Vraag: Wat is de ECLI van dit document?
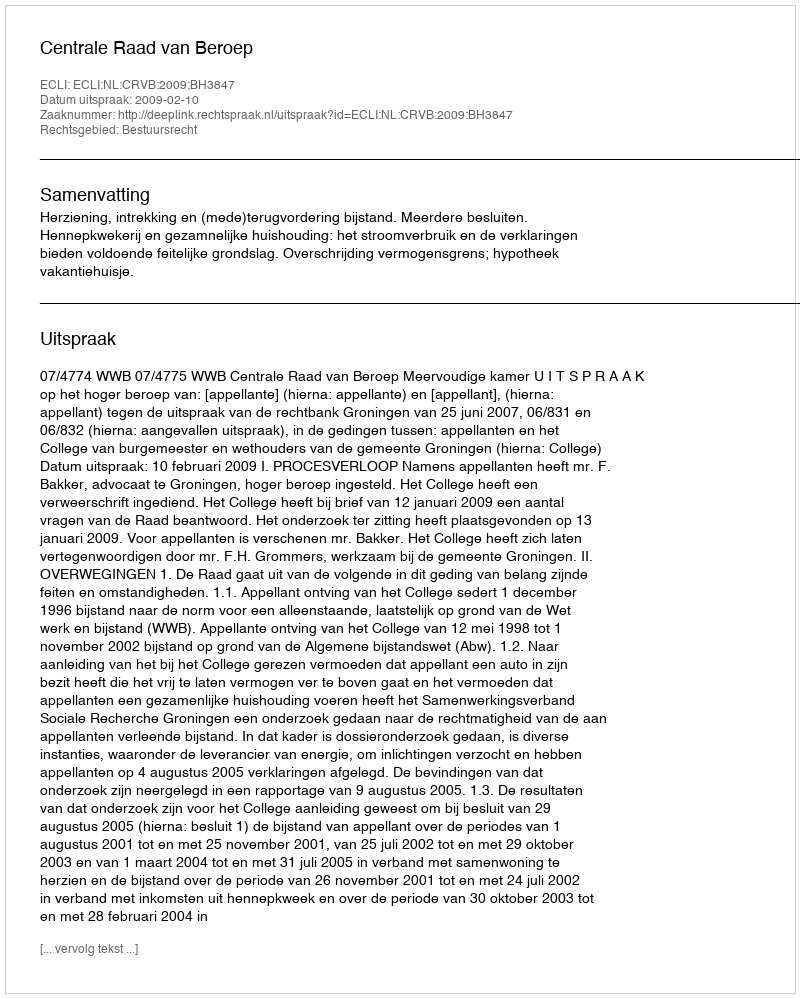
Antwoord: ECLI:NL:CRVB:2009:BH3847